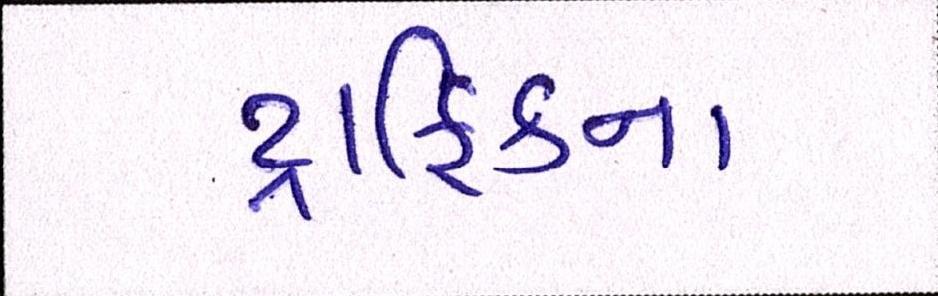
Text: ટ્રાફિકના